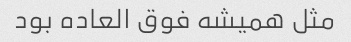
مثل همیشه فوق العاده بود